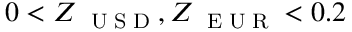
0 < Z _ { \mathrm { ~ \tiny ~ U ~ S ~ D ~ } } , Z _ { \mathrm { ~ \tiny ~ E ~ U ~ R ~ } } < 0 . 2